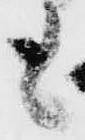
も